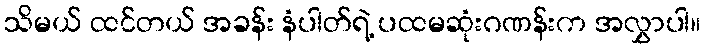
သိမယ် ထင်တယ် အခန်း နံပါတ်ရဲ့ ပထမဆုံးဂဏန်းက အလွှာပါ။